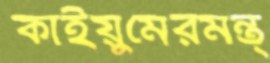
কাইয়ুমেরমন্ত্